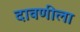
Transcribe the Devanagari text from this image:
दावणीला